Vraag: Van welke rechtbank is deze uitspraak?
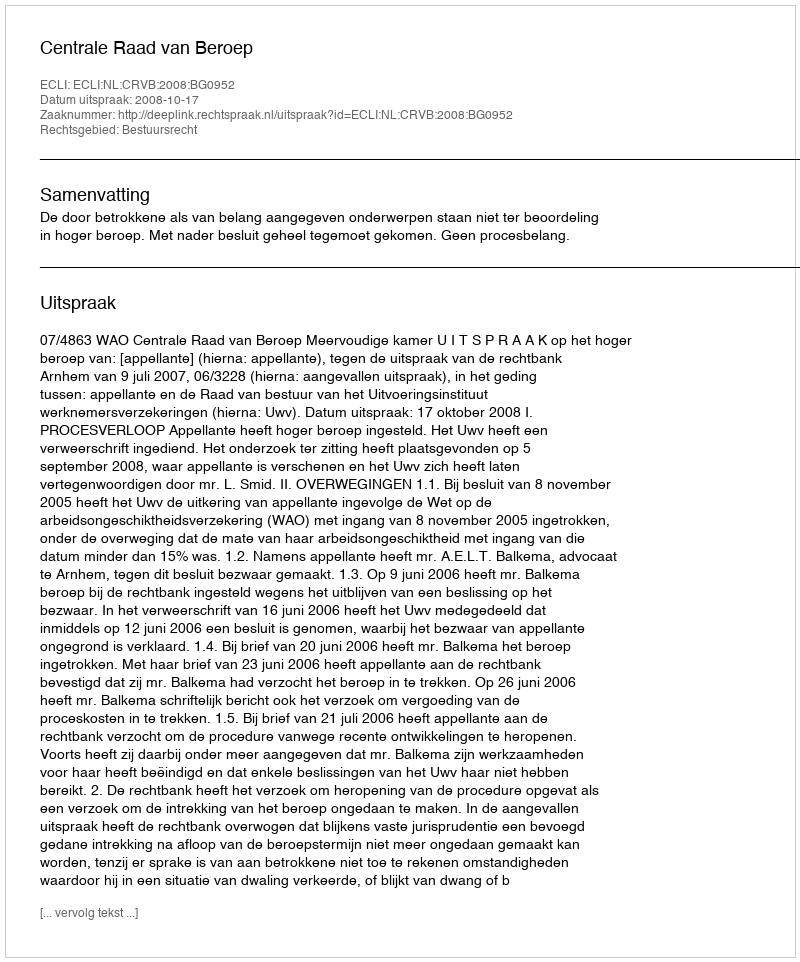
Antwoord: Centrale Raad van Beroep